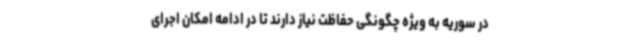
در سوریه به ویژه چگونگی حفاظت نیاز دارند تا در ادامه امکان اجرای